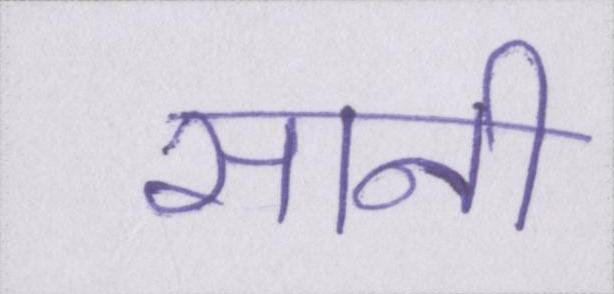
सानी